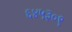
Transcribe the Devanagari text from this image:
६४५३०९